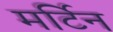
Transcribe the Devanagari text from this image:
मर्टिन